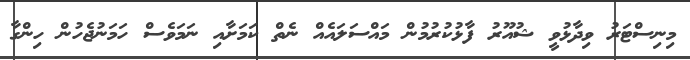
މިނިސްޓަރު ވިދާޅުވީ ޝުއޫރު ފާޅުކުރުމުން މައްސަލައެއް ނެތް ކަމަށާއި ނަމަވެސް ހަމަނުޖެހުން ހިންގާ